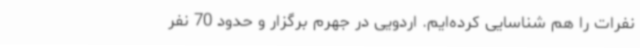
نفرات را هم شناسایی کرده‌ایم. اردویی در جهرم برگزار و حدود 70 نفر